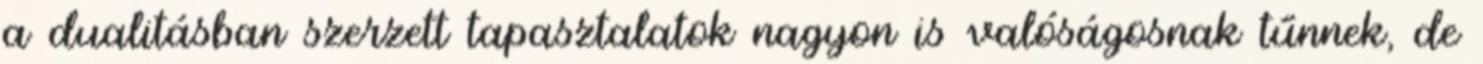
a dualitásban szerzett tapasztalatok nagyon is valóságosnak tűnnek, de